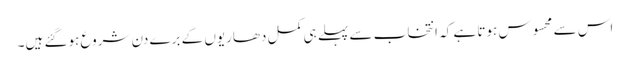
اس سے محسوس ہوتا ہے کہ انتخاب سے پہلے ہی کمل دھاریوں کے برے دن شروع ہوگئے ہیں۔